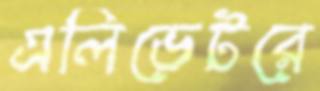
এলিভেটরে